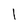
Character: 1